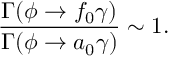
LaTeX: \frac { \Gamma ( \phi \to f _ { 0 } \gamma ) } { \Gamma ( \phi \to a _ { 0 } \gamma ) } \sim 1 .